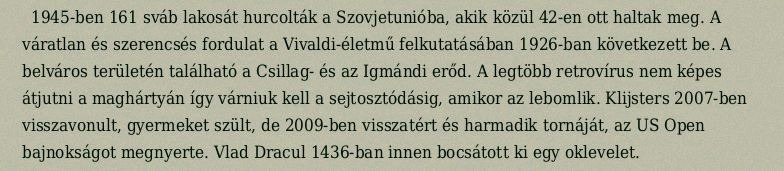
1945-ben 161 sváb lakosát hurcolták a Szovjetunióba, akik közül 42-en ott haltak meg. A váratlan és szerencsés fordulat a Vivaldi-életmű felkutatásában 1926-ban következett be. A belváros területén található a Csillag- és az Igmándi erőd. A legtöbb retrovírus nem képes átjutni a maghártyán így várniuk kell a sejtosztódásig, amikor az lebomlik. Klijsters 2007-ben visszavonult, gyermeket szült, de 2009-ben visszatért és harmadik tornáját, az US Open bajnokságot megnyerte. Vlad Dracul 1436-ban innen bocsátott ki egy oklevelet.